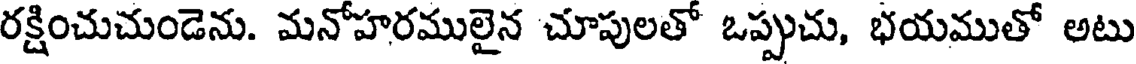
రక్షించుచుండెను. మనోహరములైన చూపులతో ఒప్పుచు, భయముతో అటు